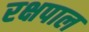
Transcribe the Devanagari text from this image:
रक्षपाल